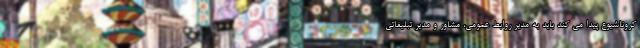
کروناشیوع پیدا می کند باید به مدیر روابط عمومی، مشاور و مدیر تبلیغاتی